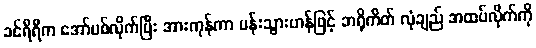
ခင်ရီရီက အော်ပစ်လိုက်ပြီး အားကုန်ကာ ပန်းသွားဟန်ဖြင့် ဘရိုကိတ် လုံချည် အထပ်လိုက်ကို